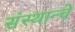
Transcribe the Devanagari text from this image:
संस्थान्चे